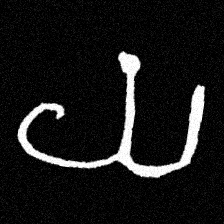
Pyu character \u2014 Myanmar letter: ယ (romanized: ya)